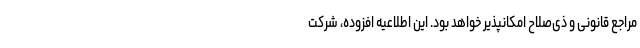
مراجع قانونی و ذی‌صلاح امکانپذیر خواهد بود. ‌این اطلاعیه افزوده، شرکت